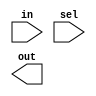
module decoder1to4(in , sel, out);
input in;
input [1:0] sel;
output [3:0] out;

assign out[sel] = in;
endmodule